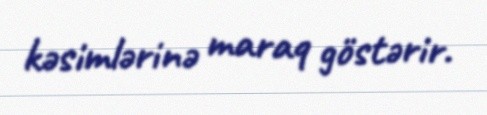
kəsimlərinə maraq göstərir.